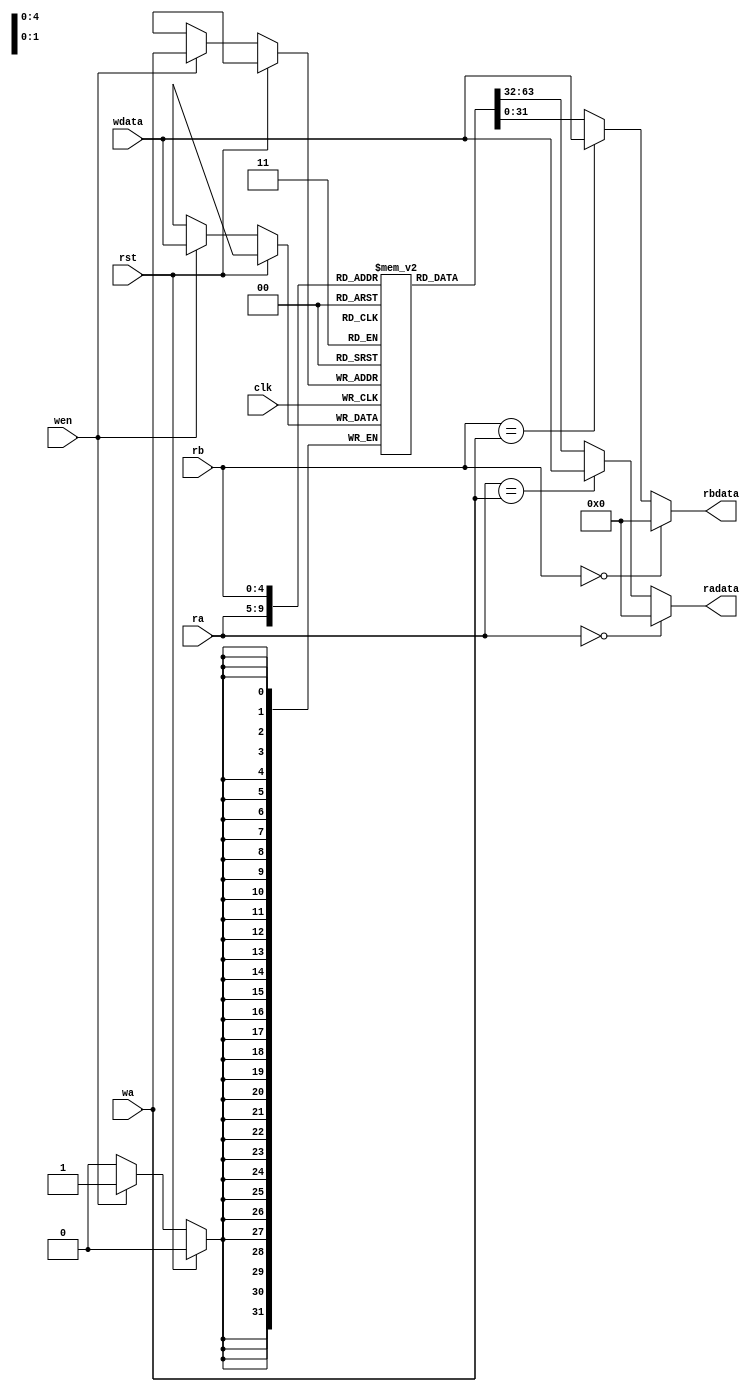
`timescale 1ns / 1ps
/*
 *	Description:  		Register file with 2 read ports and 1 write port 
 *                        ** NO INTERNAL FORWARDING -- APPROPRIATE for Single-Cycle CPU **
 * Revisions:
 *   2009-Mar-18		Initial Release
 */
 
 module ee457_regfile_2r1w 
	(
	input			[4:0]		ra,
	input			[4:0]		rb,
	input			[4:0]		wa,
	input	 		[31:0]  	wdata,
	input          		wen,
	input          		clk,
	input       	   	rst,
	output 		[31:0] 	radata,
	output 		[31:0] 	rbdata
	);
 	parameter INIT_FILE = "reg_file.txt";
	parameter ADDR_SIZE = 5;
   parameter DATA_SIZE = 32;
	
	localparam ARRAY_DEPTH = 1 << ADDR_SIZE;
	
	reg [DATA_SIZE-1:0] 	regarray [0:ARRAY_DEPTH-1];
	
		
	always @ (posedge clk)
	begin
		if (rst)
			//$readmemh(INIT_FILE, array);
			;
		else if (wen)
			regarray[wa] <= wdata;
	end
	
	assign	radata = (ra == 5'b00000) ? 32'b0 :
							(ra == wa) ? wdata :
							regarray[ra];	
						
	assign	rbdata = (rb == 5'b00000) ? 32'b0 : 
							(rb == wa) ? wdata :
							regarray[rb];		
endmodule